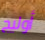
أوليج